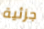
جزئية